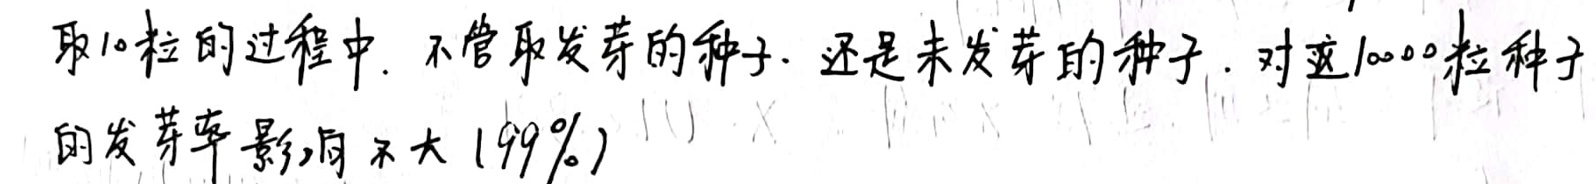
取10粒的过程中. 不管取发芽的种子. 还是未发芽的种子. 对这1000粒种子的发芽率影响不大(99%).